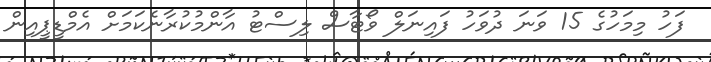
ފަހު މިމަހުގެ 15 ވަނަ ދުވަހު ފައިނަލް ވޯޓާސް ލިސްޓު އާންމުކުރާނެކަމަށް އެމްޑީޕީއިން